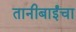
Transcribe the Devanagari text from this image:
तानीबाईंचा